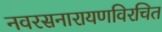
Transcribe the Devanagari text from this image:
नवरसनारायणविरचित